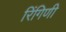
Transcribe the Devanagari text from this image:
रिंगिणी